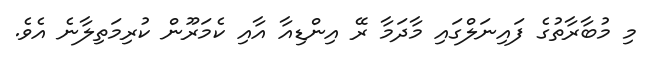
މި މުބާރާތުގެ ފައިނަލްގައި މާދަމާ ރޭ އިންޑިއާ އާއި ކެމަރޫން ކުރިމަތިލާނެ އެވެ.